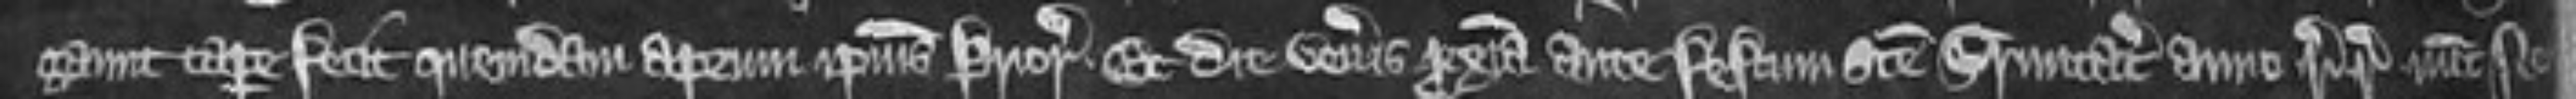
gaunt capere fecit quendam aprum ipsius Prioris. Et die veneris proxima ante festum sancte Trinitatis anno regni regis nunc nono